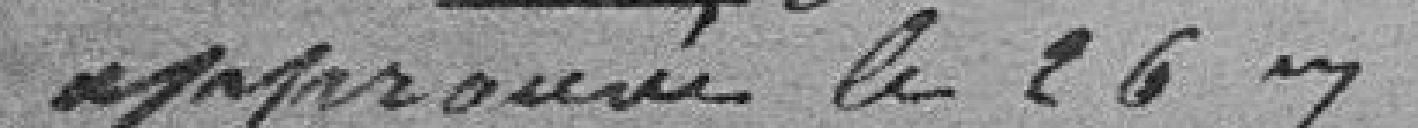
approuvé le 26 mars